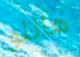
هاللو